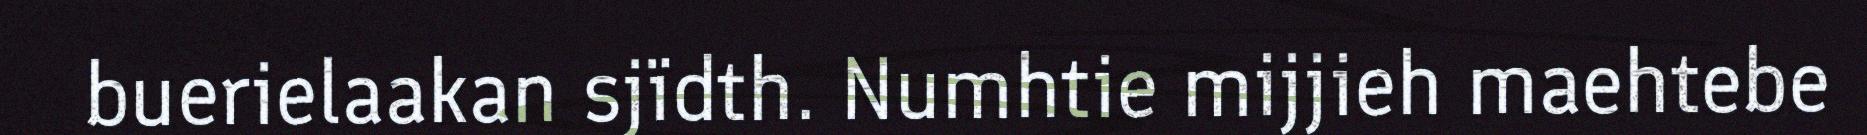
buerielaakan sjïdth. Numhtie mijjieh maehtebe